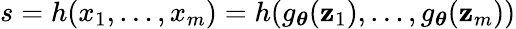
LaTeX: s=h(x_{1},\ldots,x_{m})=h(g_{\boldsymbol{\theta}}(\mathbf{z}_{1}),\ldots,g_{\boldsymbol{\theta}}(\mathbf{z}_{m}))